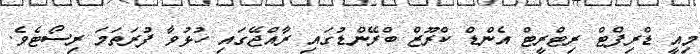
މިއީ ޑްރިފްޓް ރިޓްރީޓް އެންޑް ކްރޫޒް ބްރޭންޑުގައި ރާއްޖޭގައި ހުޅުވާ ފުރަތަމަ ރިސޯޓެވެ.